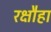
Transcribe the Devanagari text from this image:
रक्षौहा